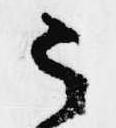
う